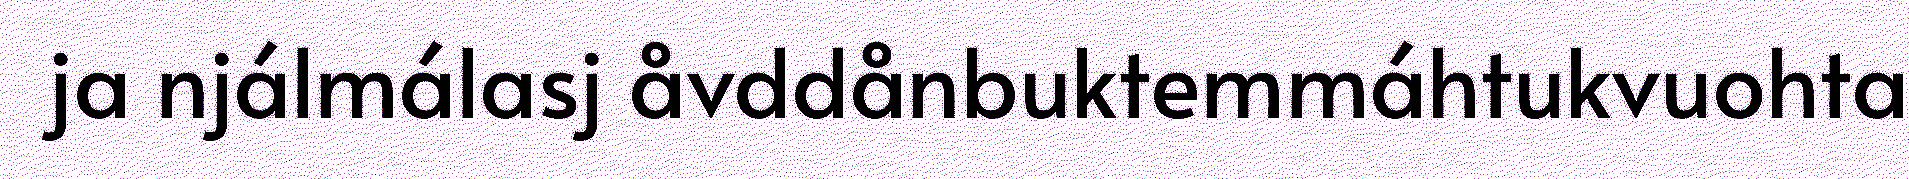
ja njálmálasj åvddånbuktemmáhtukvuohta